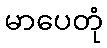
မာပေတုံ